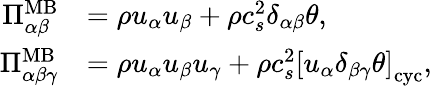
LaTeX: \begin{array}{rl}{\Pi_{\alpha\beta}^{\mathrm{MB}}}&{=\rho u_{\alpha}u_{\beta}+\rho c_{s}^{2}\delta_{\alpha\beta}\theta,}\\ {\Pi_{\alpha\beta\gamma}^{\mathrm{MB}}}&{=\rho u_{\alpha}u_{\beta}u_{\gamma}+\rho c_{s}^{2}\left[u_{\alpha}\delta_{\beta\gamma}\theta\right]_{\mathrm{cyc}},}\end{array}